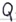
Text: Q